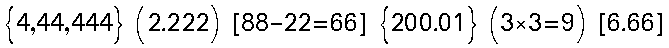
{4,44,444} (2.222) [88-22=66] {200.01} (3×3=9) [6.66]